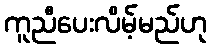
ကူညီပေးလိမ့်မည်ဟု